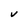
Character: V